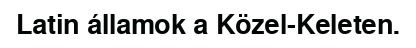
Latin államok a Közel-Keleten.